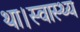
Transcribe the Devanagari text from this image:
था।स्वास्थ्य